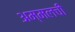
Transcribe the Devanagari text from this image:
अम्मलची